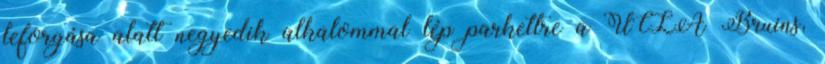
leforgása alatt negyedik alkalommal lép parkettre a UCLA Bruins,